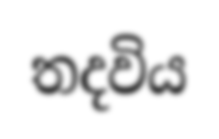
තදවිය